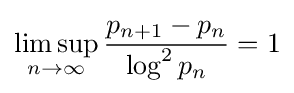
\limsup _{n\rightarrow \infty }{\frac {p_{n+1}-p_{n}}{\log ^{2}p_{n}}}=1